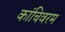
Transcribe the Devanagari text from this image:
कांचिवरम